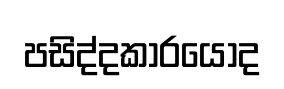
පසිද්දකාරයෝද